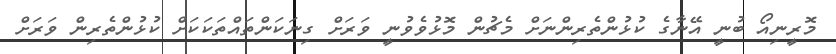
މޮރީނިއޯ ބުނީ އޭނާގެ ކުޅުންތެރިންނަށް މެޗުން މޮޅުވެވުނީ ވަރަށް ގިނަކަންތައްތަކަކަށް ކުޅުންތެރިން ވަރަށް